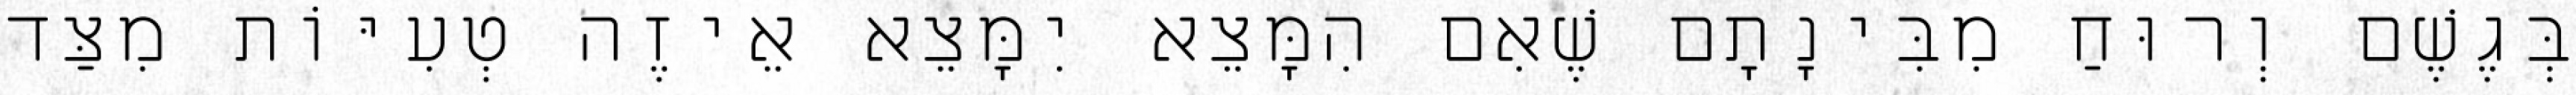
בְּגֶשֶׁם וְרוּחַ מִבִּינָתָם שֶׁאִם הִמָּצֵא יִמָּצֵא אֵיזֶה טְעִיּוֹת מִצַּד